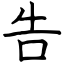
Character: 告